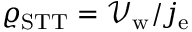
\varrho _ { \mathrm { S T T } } = \mathcal { V } _ { \mathrm { w } } / j _ { \mathrm { e } }